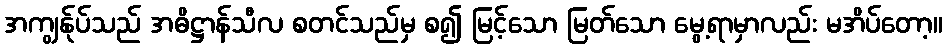
အကျွန်ုပ်သည် အဓိဋ္ဌာန်သီလ စတင်သည်မှ စ၍ မြင့်သော မြတ်သော မွေ့ရာမှာလည်း မအိပ်တော့။